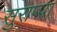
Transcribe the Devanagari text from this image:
सुराप्पा